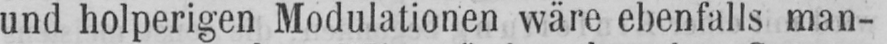
und holperigen Modulationen wäre ebenfalls man-